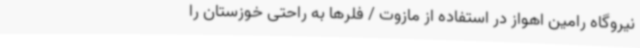
نیروگاه رامین اهواز در استفاده از مازوت / فلرها به راحتی خوزستان را